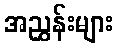
အညွှန်းများ